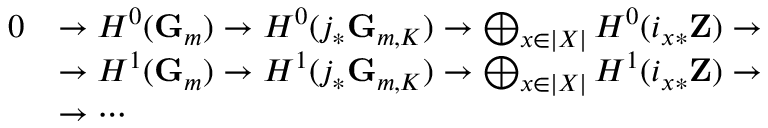
{ \begin{array} { r l } { 0 } & { \to H ^ { 0 } ( \mathbf { G } _ { m } ) \to H ^ { 0 } ( j _ { * } \mathbf { G } _ { m , K } ) \to \bigoplus _ { x \in | X | } H ^ { 0 } ( i _ { x * } \mathbf { Z } ) \to } \\ & { \to H ^ { 1 } ( \mathbf { G } _ { m } ) \to H ^ { 1 } ( j _ { * } \mathbf { G } _ { m , K } ) \to \bigoplus _ { x \in | X | } H ^ { 1 } ( i _ { x * } \mathbf { Z } ) \to } \\ & { \to \cdots } \end{array} }